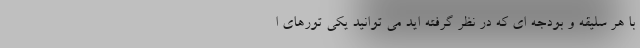
با هر سلیقه و بودجه ای که در نظر گرفته اید می توانید یکی تورهای ا